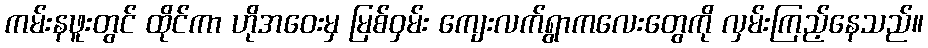
ကမ်းနဖူးတွင် ထိုင်ကာ ဟိုအဝေးမှ မြစ်ဝှမ်း ကျေးလက်ရွာကလေးတွေကို လှမ်းကြည့်နေသည်။